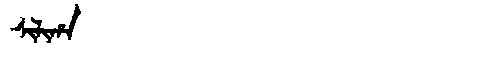
Manchu: ᠰᡳᠯᡳᡥᠠ
Romanization: SILIHA